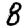
Digit: 8